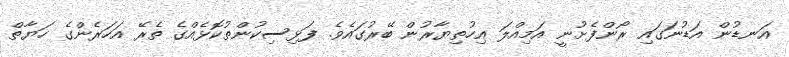
އަނޑުން އަޑުނަގައި ރޯންފެށުނީ އަމިއްލަ އިހުތިޔާރުން ބޭރުގައެވެ. ފަޅިސިކުންތުކޮޅެއްގެ ތެރޭ އަހަރެންގެ ހަޔާތް